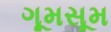
ગૂમસૂમ